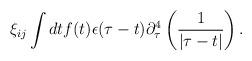
LaTeX: \begin{align*}\xi_{ij} \int dt f(t) \epsilon(\tau - t) \partial_{\tau}^4 \left({1\over |\tau - t|} \right).\end{align*}